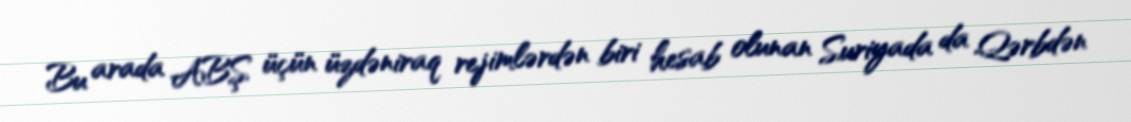
Bu arada ABŞ üçün üzdəniraq rejimlərdən biri hesab olunan Suriyada da Qərbdən